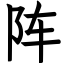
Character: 阵